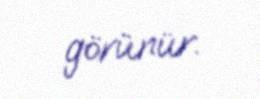
görünür.